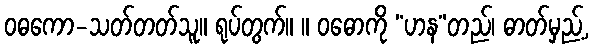
ဝဓကော-သတ်တတ်သူ။ ရုပ်တွက်။ ။ ဝဓောကို “ဟန”တည်၊ ဓာတ်မှည့်,